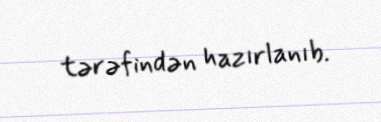
tərəfindən hazırlanıb.